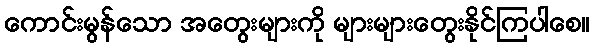
ကောင်းမွန်သော အတွေးများကို များများတွေးနိုင်ကြပါစေ။